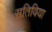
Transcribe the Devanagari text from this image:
सतिविया